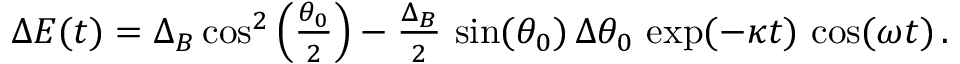
\begin{array} { r } { \Delta E ( t ) = \Delta _ { B } \cos ^ { 2 } \left( \frac { \theta _ { 0 } } { 2 } \right) - \frac { \Delta _ { B } } { 2 } \, \sin ( \theta _ { 0 } ) \, \Delta \theta _ { 0 } \, \exp ( - \kappa t ) \, \cos ( \omega t ) \, . } \end{array}